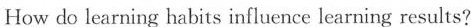
How do learning habits influence learning results?